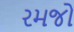
રમજો